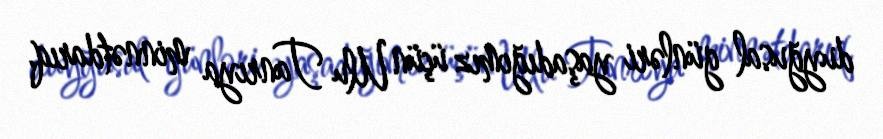
duyğusal günləri yaşadığımız üçün Ulu Tanrıya minnətdarıq.